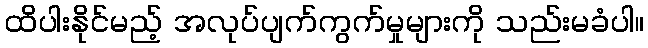
ထိပါးနိုင်မည့် အလုပ်ပျက်ကွက်မှုများကို သည်းမခံပါ။